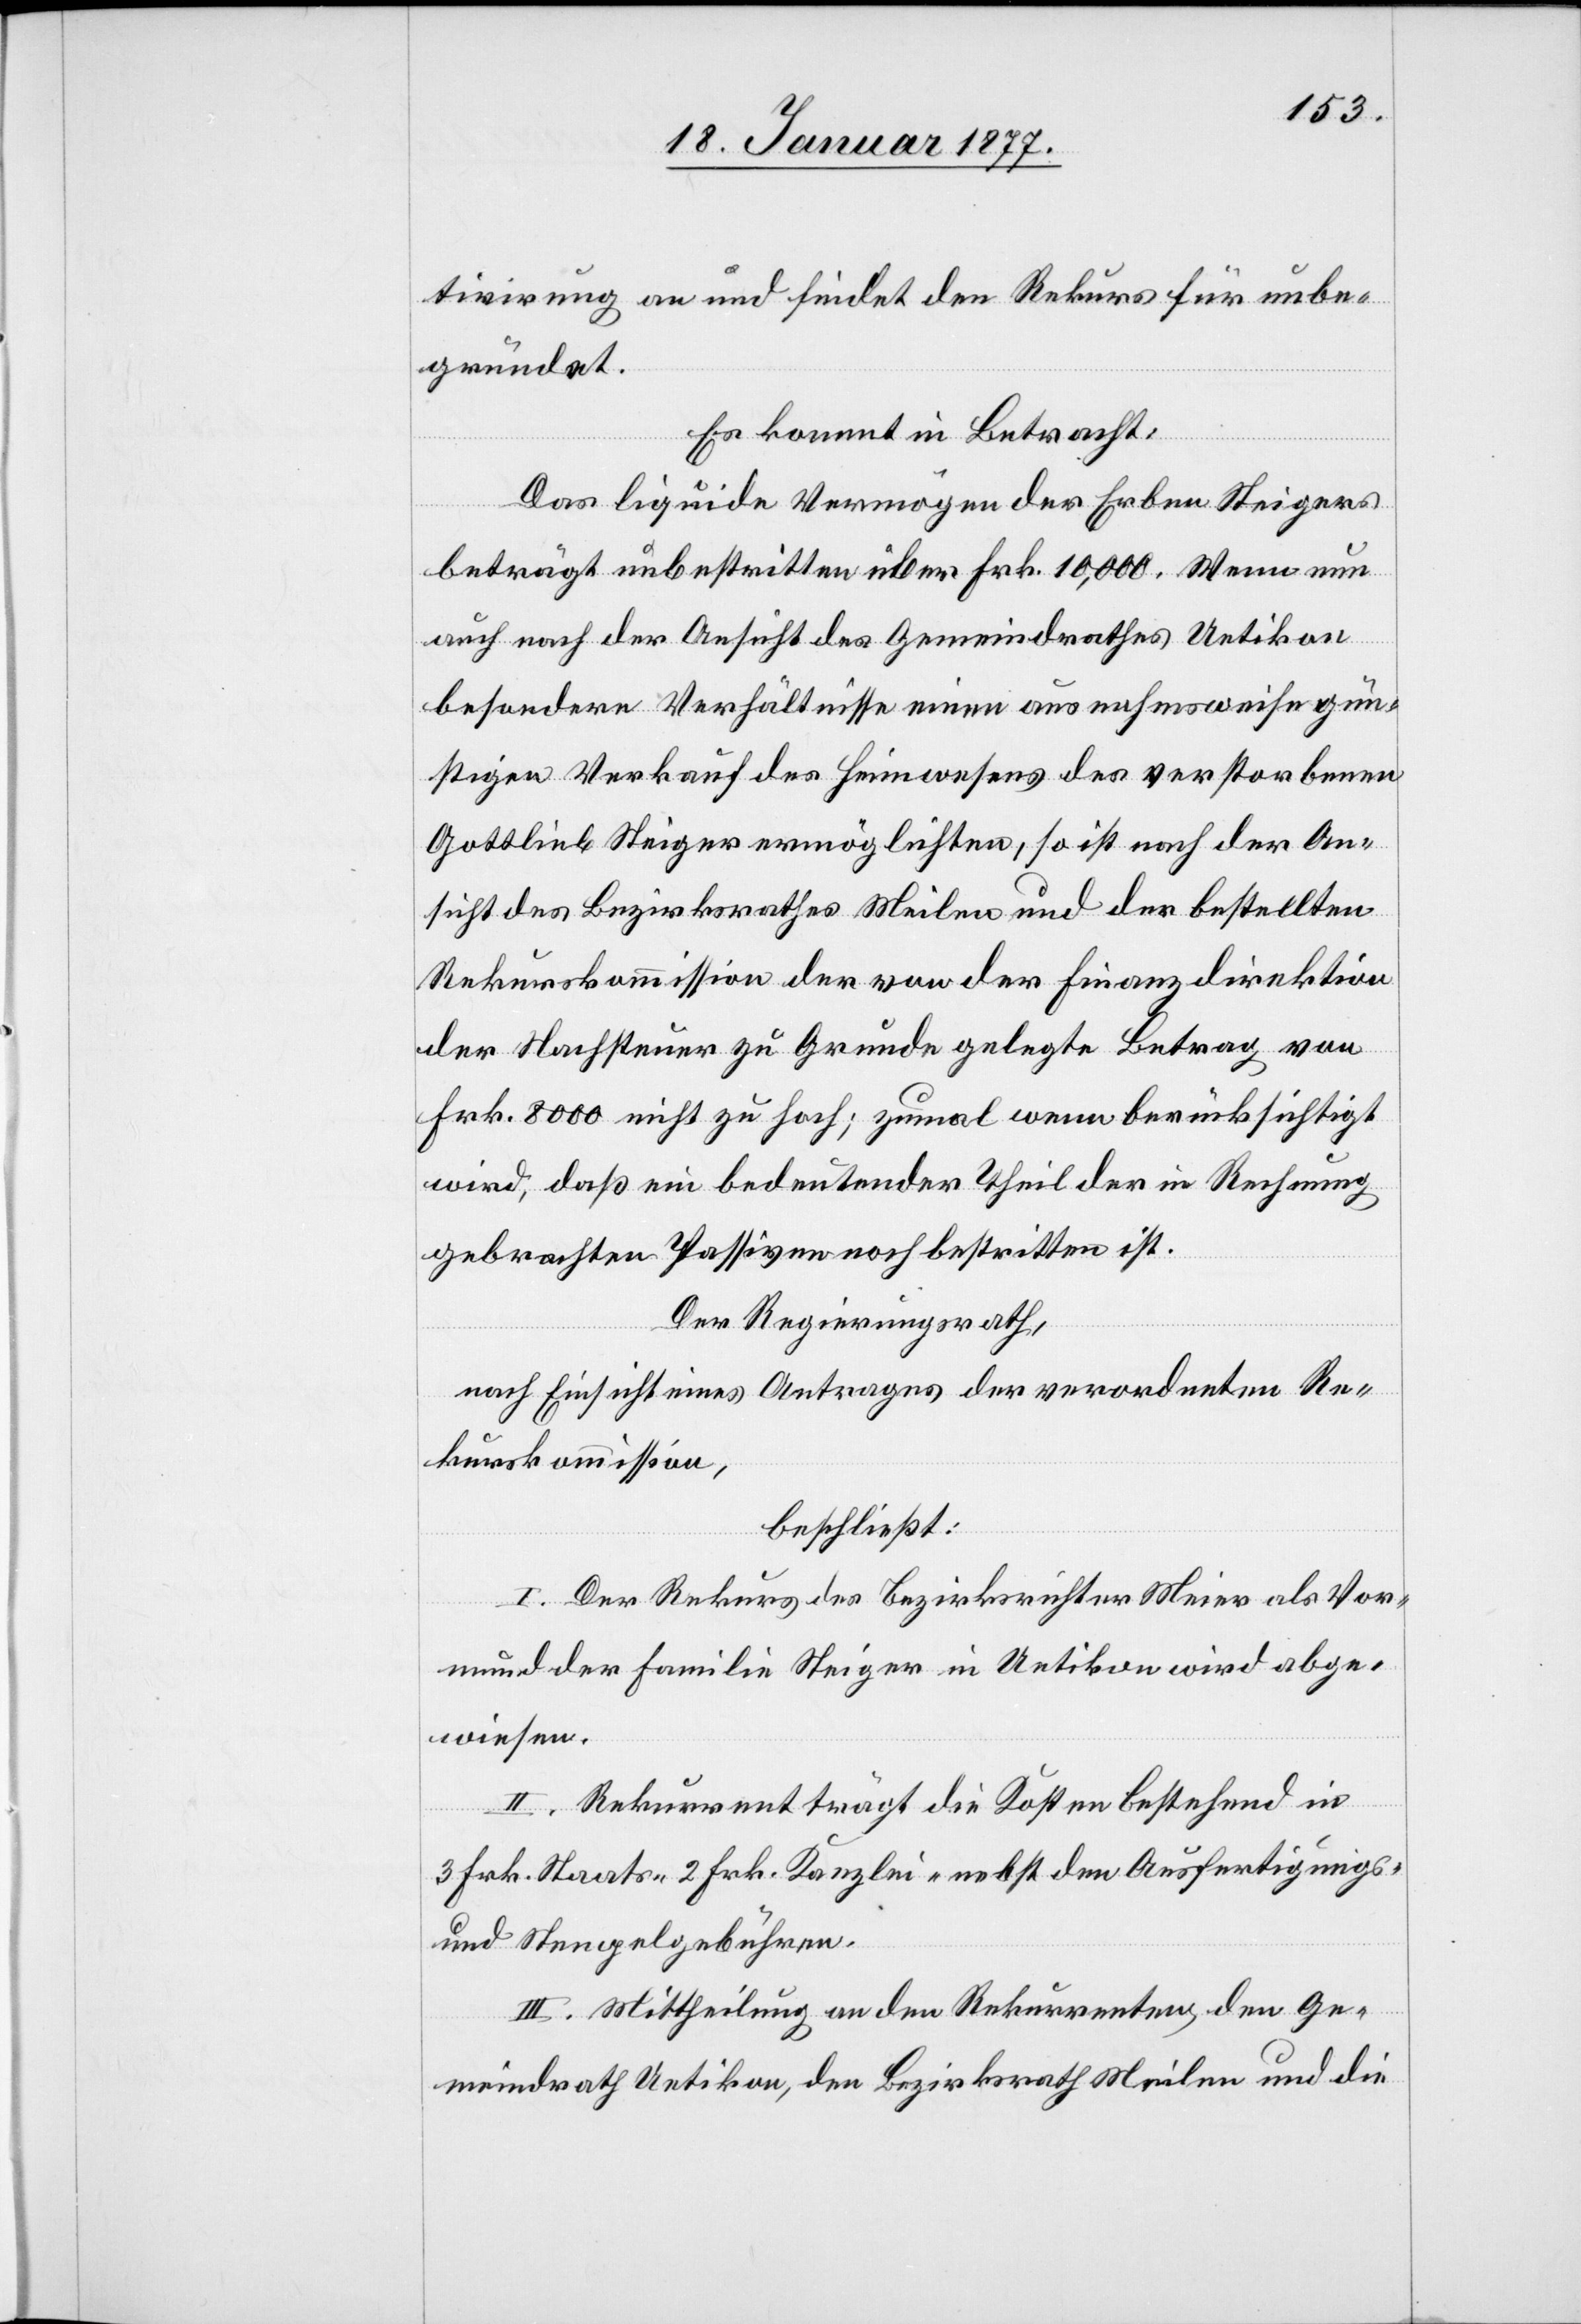
tivirung an und findet den Rekurs für unbe¬
gründet.
Es kommt in Betracht:
Das liquide Vermögen der Erben Steigers
beträgt unbestritten über Frk. 10,000. Wenn nun
auch nach der Ansicht des Gemeindrathes Uetikon
besondere Verhältnisse einen ausnahmsweise gün¬
stigen Verkauf des Heimwesens des verstorbenen
Gottlieb Steiger ermöglichten, so ist nach der An¬
sicht des Bezirksrathes Meilen und der bestellten
Rekurskommission der von der Finanzdirektion
der Nachsteuer zu Grunde gelegte Betrag von
Frk. 8000 nicht zu hoch; zumal wenn berücksichtigt
wird, daß ein bedeutender Theil der in Rechnung
gebrachten Passiven noch bestritten ist.
Der Regierungsrath,
nach Einsicht eines Antrages der verordneten Re¬
kurskommission,
beschließt:
I. Der Rekurs des Bezirksrichter Meier als Vor¬
mund der Familie Steiger in Uetikon wird abge¬
wiesen.
II. Rekurrent trägt die Kosten bestehend in
3 Frk. Staats-[,] 2 Frk. Kanzlei- nebst den Ausfertigungs-
und Stempelgebühren.
III. Mittheilung an den Rekurrenten, den Ge¬
meindrath Uetikon, den Bezirksrath Meilen und die